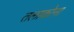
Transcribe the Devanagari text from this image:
तलाकोना